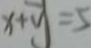
x + y = 5